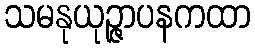
သမနုယုဉ္ဇာပနကထာ